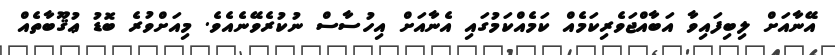
އޭނާއަށް ލިބިފައިވާ އަބާއްޖަވެރިކަމެއް ކަމެއްކަމުގައި އެނާއަށް އިހުސާސް ނުކުރެވޭނެއެވެ. މިއަށްވުރެ ބޮޑު ޢުޤޫބާތެއް